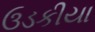
ઉડકીયા